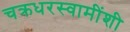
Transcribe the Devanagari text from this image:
चक्रधरस्वामींशी